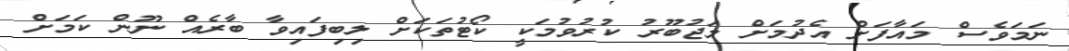
ނަމަވެސް މައާފަށް އެދުމަށް މަޖުބޫރު ކުރުވުމަކީ ކޯޓުތަކަށް ލިބިފައިވާ ބާރެއް ނޫން ކަމަށް